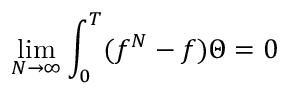
\operatorname* { l i m } _ { N \rightarrow \infty } \int _ { 0 } ^ { T } ( f ^ { N } - f ) \Theta = 0